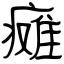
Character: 瘫